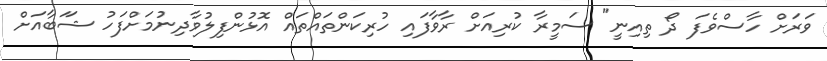
ވަރަށް ހާސްވެފަ ދޯ ތިއިނީ" ސަމީރާ ކުރިއަށް ރާވާފައި ހުރިކަންތައްތައް އޮޅުންފިލުވާދިނުމަށްފަހު ޝަަބާއަށް